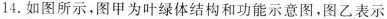
14. 如图所示，图甲为叶绿体结构和功能示意图，图乙表示